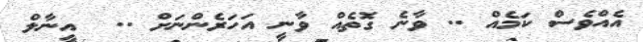
އެއްވެސް ކަމެއް .. ވާނެ ގޮތެއް ވާނީ އަހަރެންނަށް ..  އީނާލް